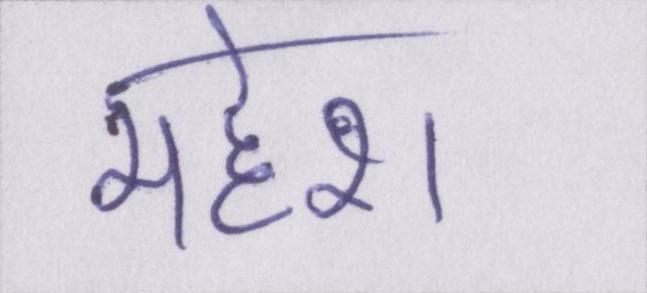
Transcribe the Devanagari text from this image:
महेश